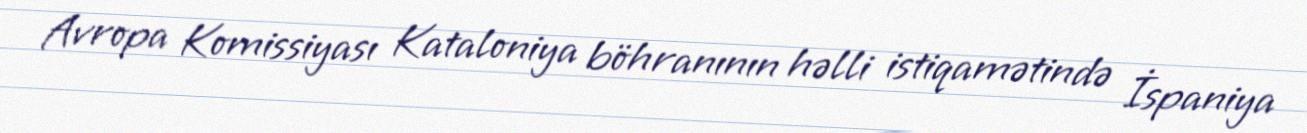
Avropa Komissiyası Kataloniya böhranının həlli istiqamətində İspaniya